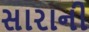
સારાની